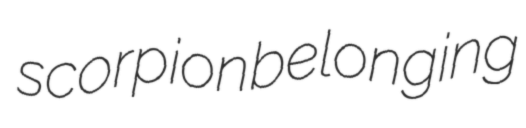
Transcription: scorpion belonging